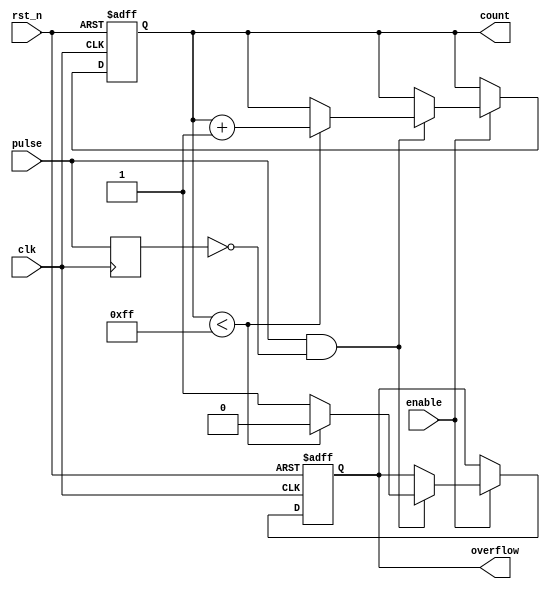
module pulse_counter (
    input wire clk,         // Clock input
    input wire rst_n,      // Asynchronous active-low reset
    input wire pulse,       // Input pulse signal
    input wire enable,      // Enable signal
    output reg [7:0] count, // 8-bit counter output
    output reg overflow     // Overflow indicator
);

    // Internal signal for pulse detection
    reg pulse_last;

    // Edge detection for the pulse signal
    wire pulse_edge = pulse & ~pulse_last;

    always @(posedge clk or negedge rst_n) begin
        if (!rst_n) begin
            count <= 8'b0;      // Reset count to 0
            overflow <= 1'b0;   // Clear overflow flag
        end else if (enable) begin
            if (pulse_edge) begin
                if (count < 8'd255) begin
                    count <= count + 1; // Increment count
                    overflow <= 1'b0;    // Clear overflow flag
                end else begin
                    overflow <= 1'b1;    // Set overflow flag
                end
            end
        end
    end

    // Store the last pulse state for edge detection
    always @(posedge clk) begin
        pulse_last <= pulse;
    end

endmodule